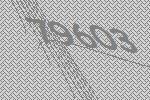
79603